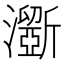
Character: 𤃮